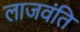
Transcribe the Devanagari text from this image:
लाजवंति